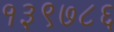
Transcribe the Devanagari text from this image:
१३९७८६